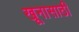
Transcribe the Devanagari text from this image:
खूनासाठी